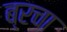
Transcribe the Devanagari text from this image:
ब्रचा